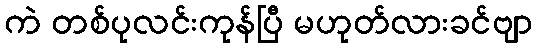
ကဲ တစ်ပုလင်းကုန်ပြီ မဟုတ်လားခင်ဗျာ